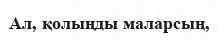
Ал, қолыңды маларсың,